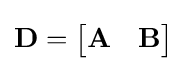
\mathbf {D} ={\begin{bmatrix}\mathbf {A} &\mathbf {B} \end{bmatrix}}